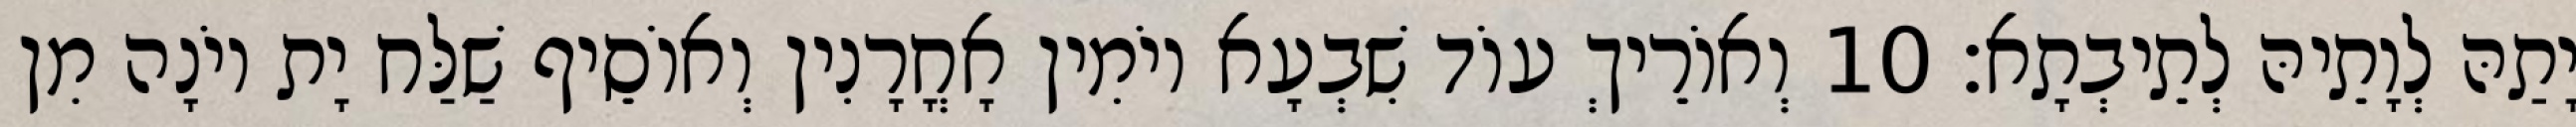
יָתַהּ לְוָתֵיהּ לְתֵיבְתָא׃ 10 וְאוֹרֵיךְ עוֹד שִׁבְעָא יוֹמִין אָחֳרָנִין וְאוֹסֵיף שַׁלַּח יָת יוֹנָה מִן